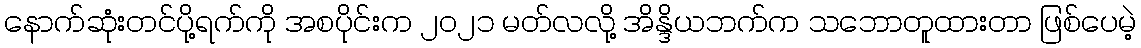
နောက်ဆုံးတင်ပို့ရက်ကို အစပိုင်းက ၂၀၂၁ မတ်လလို့ အိန္ဒိယဘက်က သဘောတူထားတာ ဖြစ်ပေမဲ့